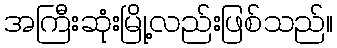
အကြီးဆုံးမြို့လည်းဖြစ်သည်။